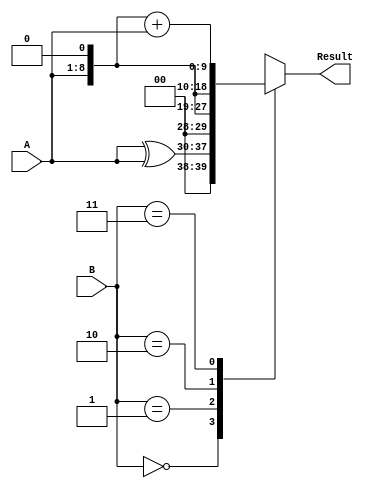
module LUT # (parameter SIZE=8)
(
 input wire [SIZE-1:0] A,
 input wire [1:0] B,
 output reg [SIZE+1:0] Result
);

wire [SIZE+1:0] wD0, wD1, wD2, wD3;

assign wD1 = {2'b0, A};
assign wD0 = wD1 ^ wD1; // Esto siempre es cero, de la longitud adecuada.
assign wD2 = {1'b0, A, 1'b0}; 
assign wD3 = wD2 + wD1;

always @ (A, B)
begin
	case (B)
	//-------------------------------------	
	2'b00:
	begin
		Result <= wD0;
	end
	//-------------------------------------	
	2'b01:
	begin
		Result <= wD1;
	end
	//-------------------------------------	
	2'b10:
	begin
		Result <= wD2;
	end
	//-------------------------------------	
	2'b11:
	begin
		Result <= wD3;
	end
	//-------------------------------------	
	endcase
end

endmodule